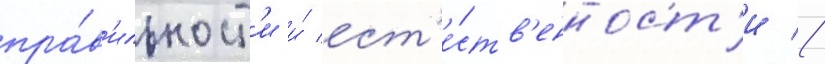
пра́в'ильност'и и́ ест'е́ств'енност'и //